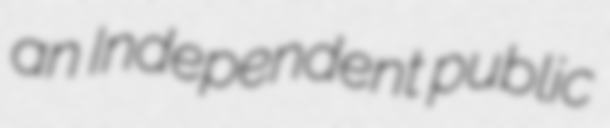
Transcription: an Independent public